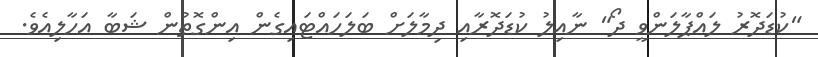
"ކުޑަދޮރު ލައްޕާލަންވީ ދޯ" ނާއިލު ކުޑަދޮރާއި ދިމާލަށް ބަލަހައްޓައިގެން އިންގޮތުން ޝަބާ އަހާލިއެވެ.